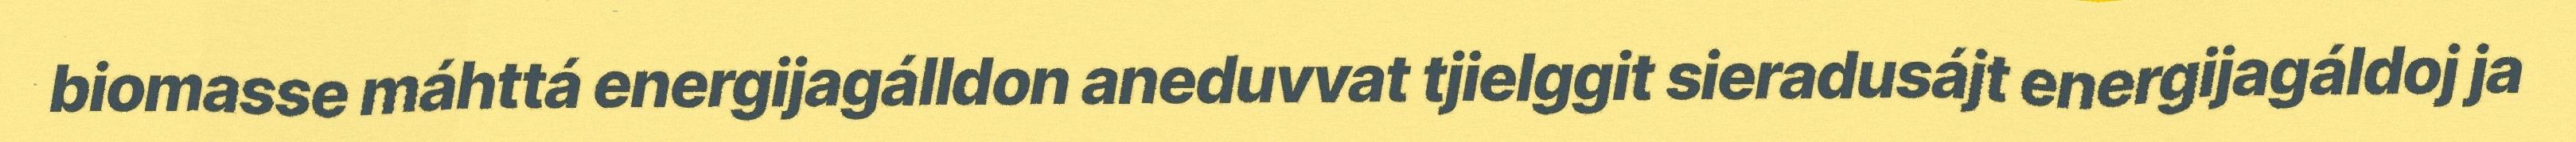
biomasse máhttá energijagálldon aneduvvat tjielggit sieradusájt energijagáldoj ja